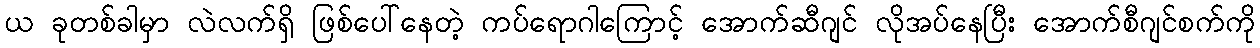
ယ ခုတစ်ခါမှာ လဲလက်ရှိ ဖြစ်ပေါ်နေတဲ့ ကပ်ရောဂါကြောင့် အောက်ဆီဂျင် လိုအပ်နေပြီး အောက်စီဂျင်စက်ကို